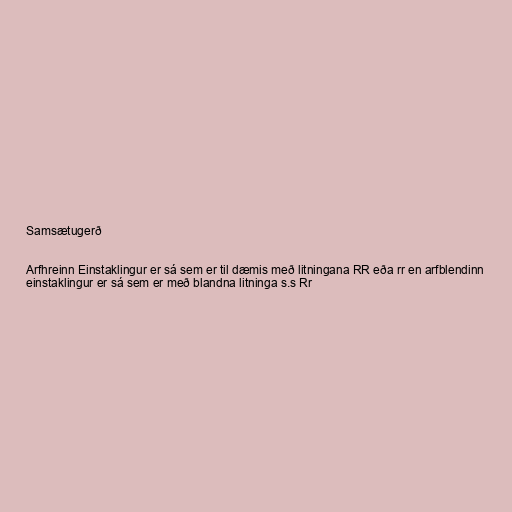
Samsætugerð

Arfhreinn Einstaklingur er sá sem er til dæmis með litningana RR eða rr en arfblendinn
einstaklingur er sá sem er með blandna litninga s.s Rr